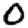
Digit: 0